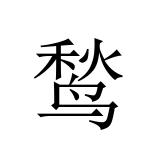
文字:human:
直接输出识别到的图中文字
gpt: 鹙